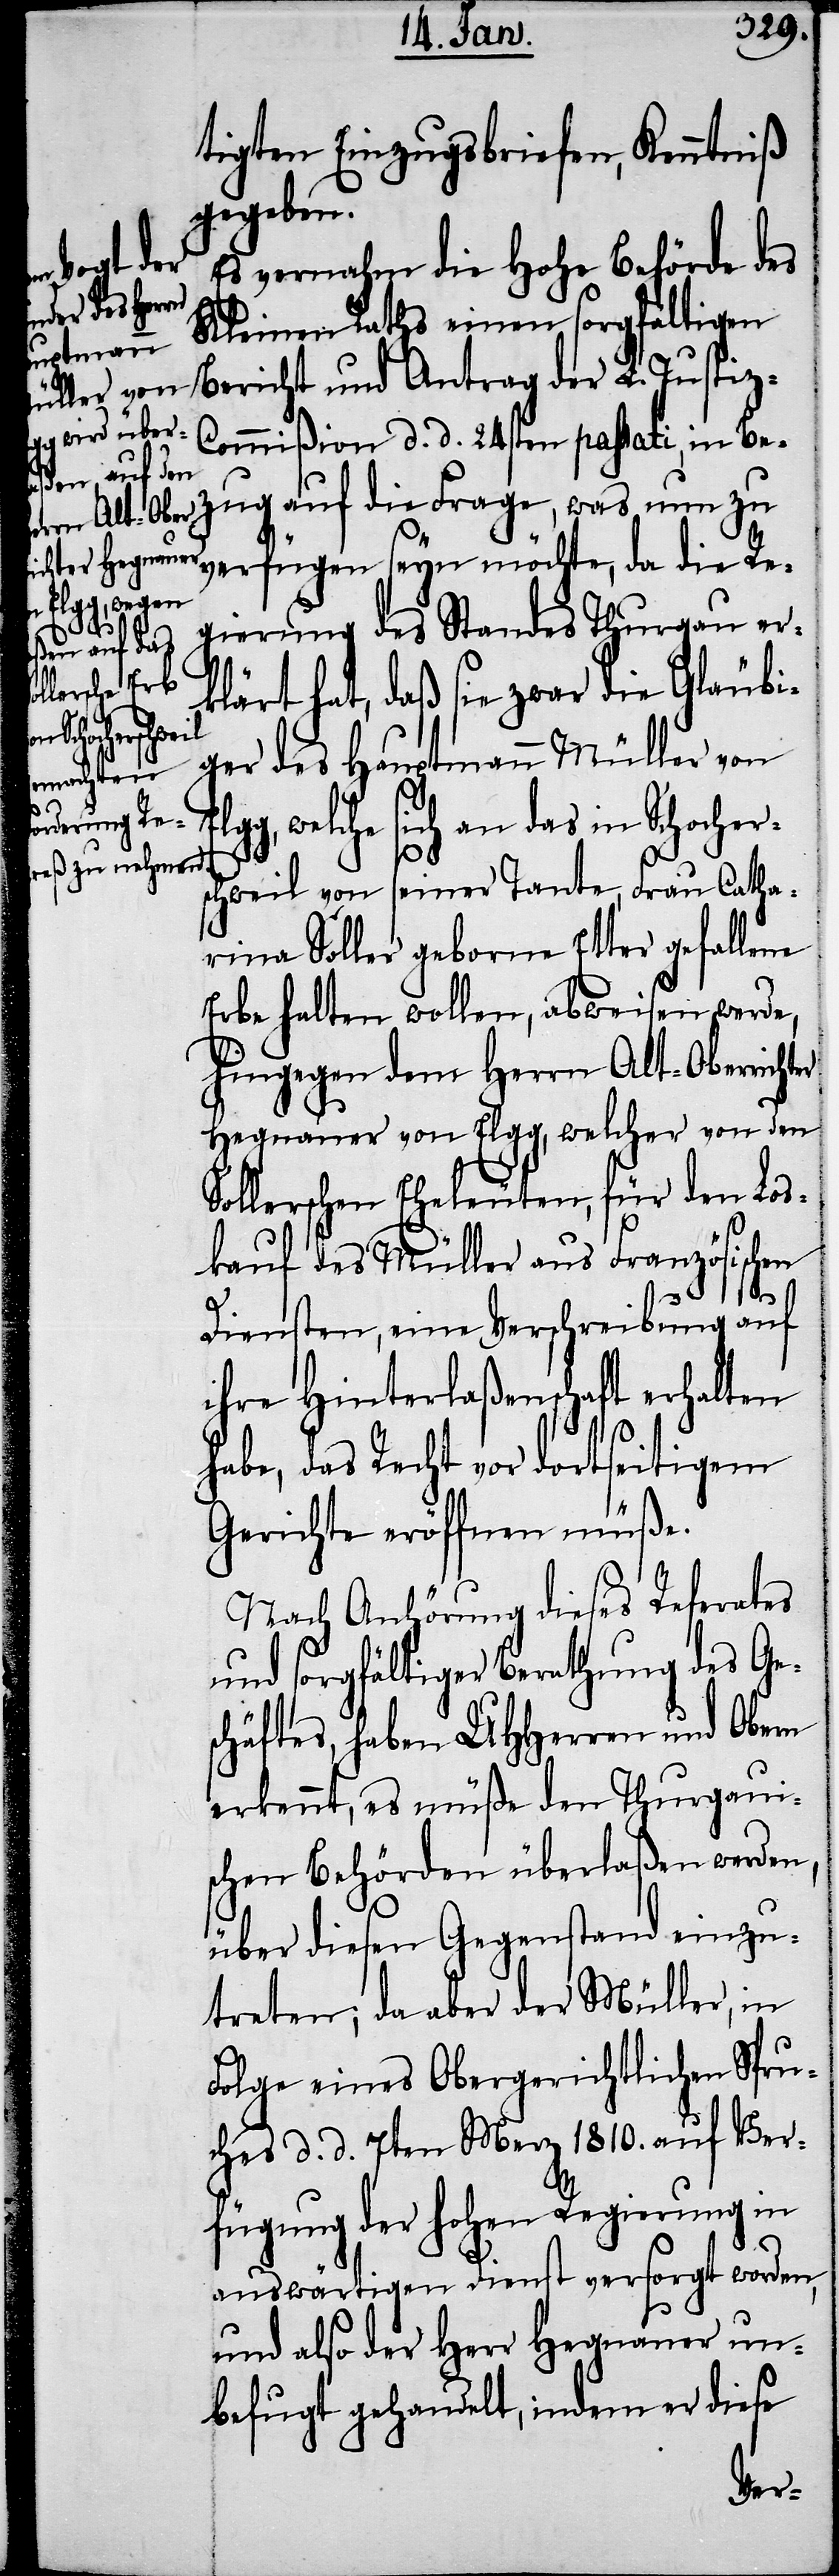
tigten Einzugsbriefen, Kenntniß
gegeben.
Antrag der
Es vernahm die Hohe Behörde des
Kleinen Raths einen sorgfältigen
ommißion d. d. 24sten passati, i¬
n Bezug auf die Frage, was nun zu
verfügen seyn möchte, da die Re¬
Justi¬
gierung des Standes Thurgau er¬
klärt hat, daß sie zwar die Gläubi¬
Bericht und
ger des Hauptmann Müller von
Elgg, welche sich an das in Schocher¬
z-C¬
schweil von seiner Tante, Frau Catha¬
rina Soller geborne Etter gefallene
Erbe halten wollen, abweisen werde,
hingegen dem Herrn Alt-Oberrichter
Hegnauer von Elgg, welcher von den
Sollerschen Eheleuten, für den Los¬
kauf des Müller aus Französischen
Diensten, eine Verschreibung auf
ihre Hinterlaßenschaft erhalten
habe, das Recht vor dortseitigem
Gerichte eröffnen müße.
Nach Anhörung dieses Referates
und sorgfältiger Berathung des Ges¬
chäftes, haben UHHerren und Obern
erkennt, es müße den Thurgaui¬
schen Behörden überlaßen werden,
über diesen Gegenstand einzu¬
treten; da aber der Müller, in
Folge eines Obergerichtlichen Spru¬
ches d. d. 7ten Merz 1810. auf Ver¬
fügung der hohen Regierung in
auswärtigen Dienst versorgt worden,
und also der Herr Hegnauer un¬
befugt gehandelt, indem er diese